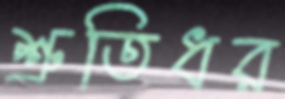
শ্রুতিধর